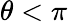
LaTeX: \theta<\pi